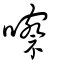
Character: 嚓